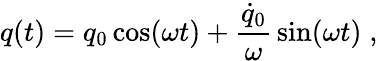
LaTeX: q(t)=q_{0}\cos(\omega t)+{\frac{\dot{q}_{0}}{\omega}}\sin(\omega t)\; ,